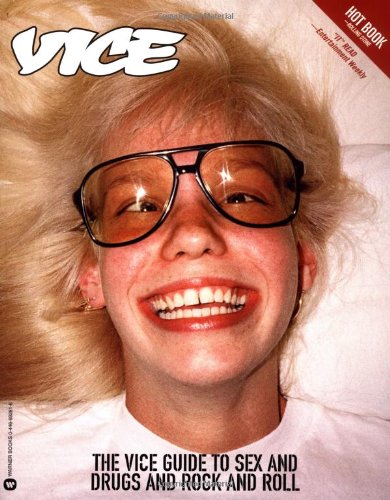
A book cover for The Vice Guide to Sex and Drugs and Rock and Roll; Suroosh Alvi; Humor & Entertainment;